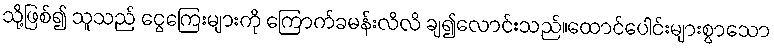
သို့ဖြစ်၍ သူသည် ငွေကြေးများကို ကြောက်ခမန်းလိလိ ချ၍လောင်းသည်။ထောင်ပေါင်းများစွာသော